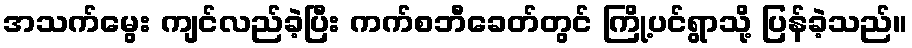
အသက်မွေး ကျင်လည်ခဲ့ပြီး ကက်စဘီခေတ်တွင် ကြို့ပင်ရွာသို့ ပြန်ခဲ့သည်။